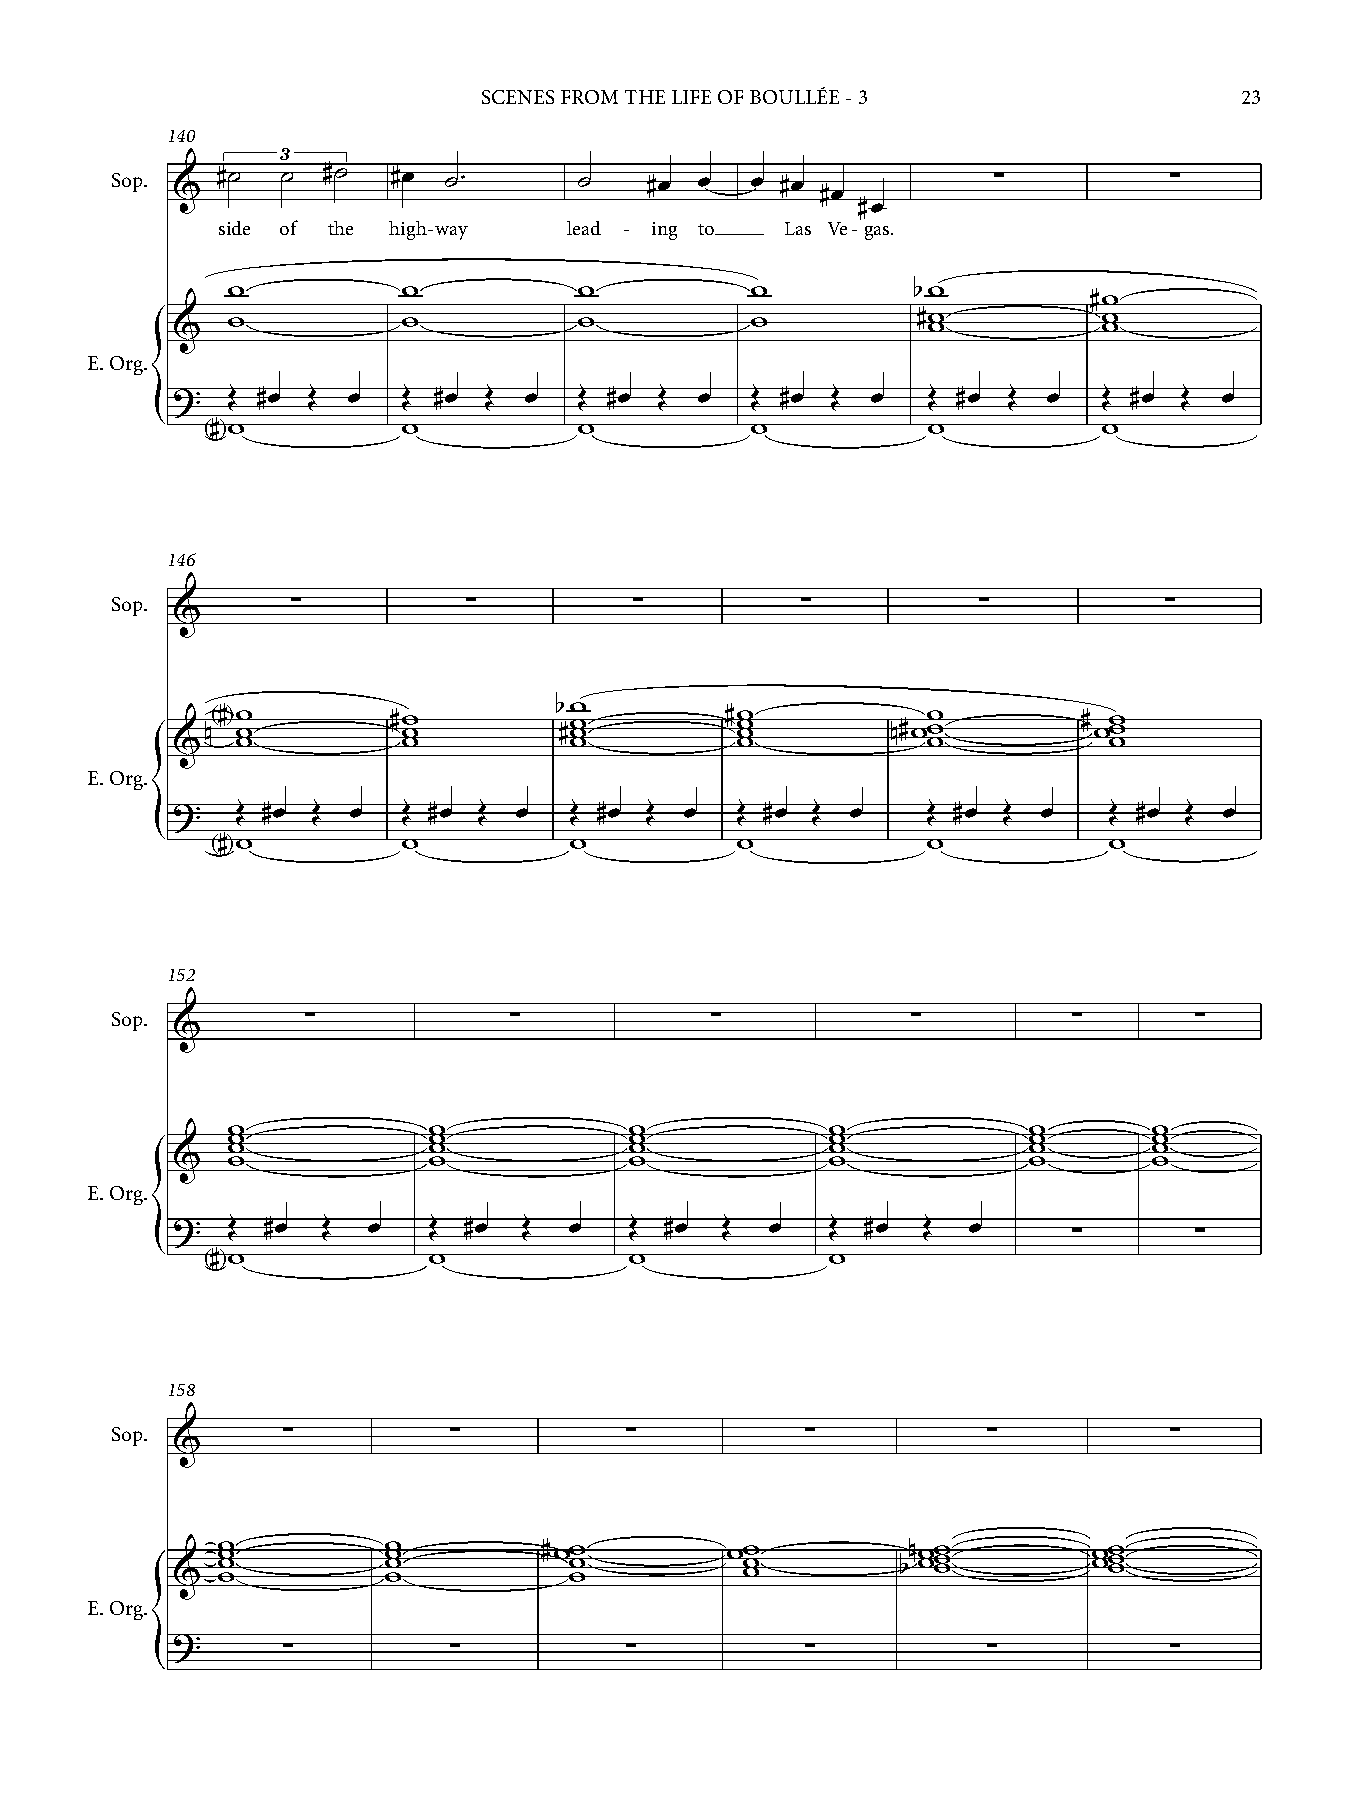
SCENES FROM THE LIFE OF BOULLÉE - 3               23
 140
 3
 Sop. & #˙   ˙ #˙   #œ ˙™       ˙    #œ œ   œ #œ #œ         ∑         ∑
 #œ
 side of the high-way    lead - ing to Las Ve-gas.
 w           w          w           w          bw
 #w
 &   w           w          w           w          #w w        w w
 E. Org.
 ?   Œ #œ Œ  œ   Œ #œ Œ  œ  Œ #œ  Œ œ   Œ #œ Œ  œ  Œ #œ  Œ œ   Œ #œ Œ  œ
 {   #w           w          w           w          w           w
 < >
 146
 Sop.        ∑          ∑         ∑         ∑          ∑          ∑
 &
 bw
 n<# >w w    #w w       #w w       #w w w     n#ww w       # ww w
 &    w          w          w          w           w           w
 E. Org.
 ?    Œ #œ Œ œ   Œ #œ Œ œ   Œ #œ Œ œ   Œ #œ Œ œ    Œ #œ Œ  œ   Œ #œ Œ  œ
 {   #w           w          w          w           w           w
 < >
 152
 Sop.         ∑            ∑           ∑           ∑         ∑      ∑
 &
 w            w             w            w            w       w
 w            w             w            w            w       w
 w            w             w            w            w       w
 &   w            w             w            w            w       w
 E. Org.
 ?   Œ #œ  Œ  œ   Œ  #œ  Œ  œ   Œ #œ  Œ  œ   Œ #œ  Œ  œ
 ∑      ∑
 {   #w            w             w            w
 < >
 158
 Sop.        ∑         ∑         ∑          ∑          ∑          ∑
 &
 &  w w w w    w w w w    #ww w w     ww w w      bnw ww w w  w ww w w
 E. Org.
 ?
 ∑         ∑         ∑          ∑          ∑          ∑
 {